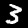
Digit: 3